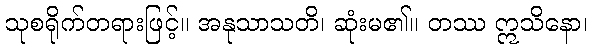
သုစရိုက်တရားဖြင့်။ အနုသာသတိ၊ ဆုံးမ၏။ တဿ ဣသိနော၊